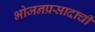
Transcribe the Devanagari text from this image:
भोजनप्रसादाची